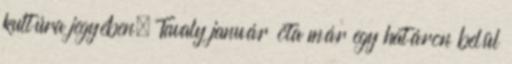
kultúra jegyében. Tavaly január óta már egy határon belül